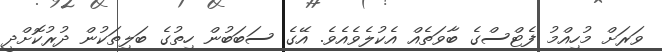
ވަރަށް މުހިއްމު ފެޓްސްގެ ބާވަތެއް އެކުލެވެއެވެ. އޭގެ ސަބަބުން ހިތުގެ ބަލިތަކުން ދުރުކޮށްދީ